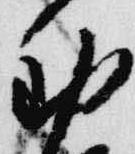
動